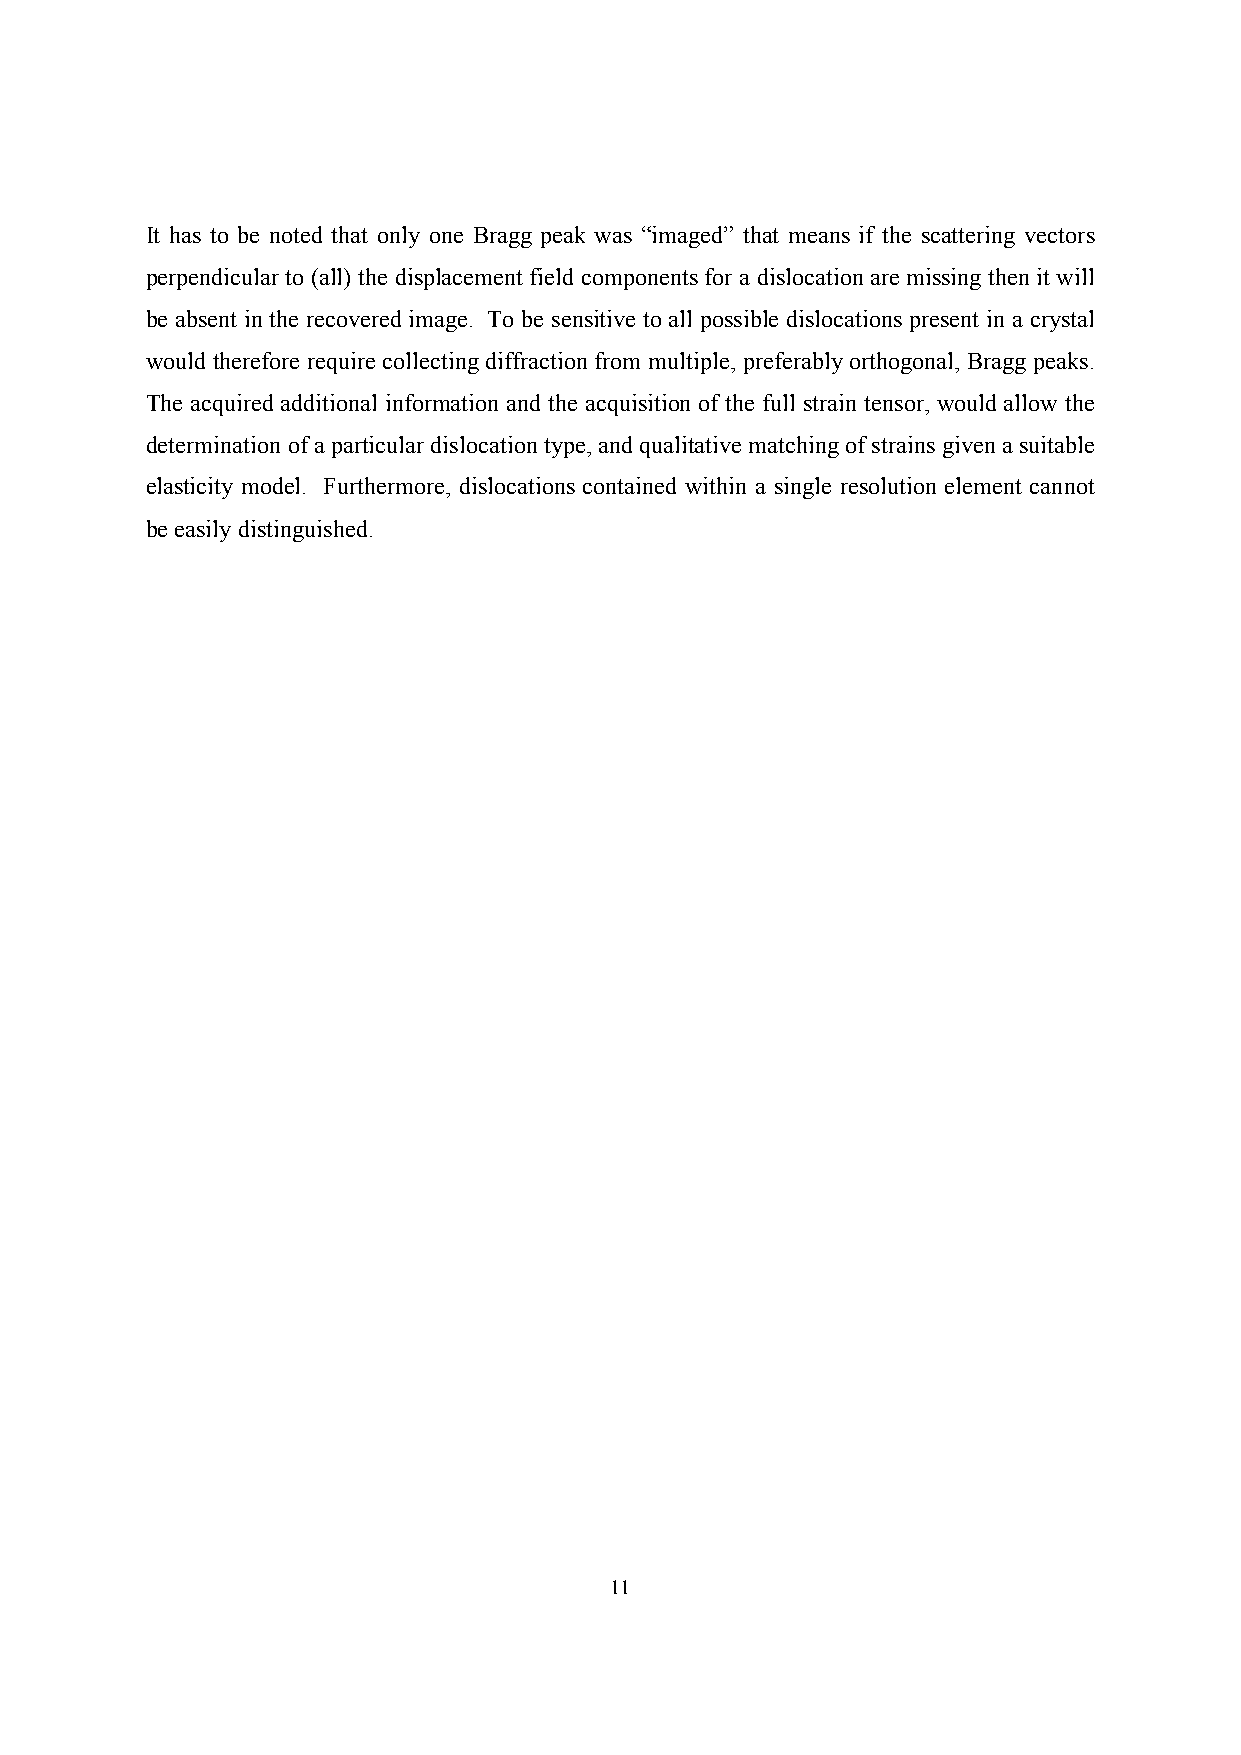
It has to be noted that only one Bragg peak was “imaged” that means if the scattering vectors
 perpendicular to (all) the displacement field components for a dislocation are missing then it will
 be absent in the recovered image. To be sensitive to all possible dislocations present in a crystal
 would therefore require collecting diffraction from multiple, preferably orthogonal, Bragg peaks.
 The acquired additional information and the acquisition of the full strain tensor, would allow the
 determination of a particular dislocation type, and qualitative matching of strains given a suitable
 elasticity model. Furthermore, dislocations contained within a single resolution element cannot
 be easily distinguished.
 11